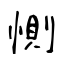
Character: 惻